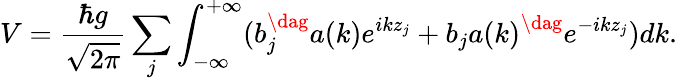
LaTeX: V=\frac{\hbar g}{\sqrt{2\pi}}\sum_{j}\int_{-\infty}^{+\infty}(b_{j}^{\dag}a{(k)}e^{ikz_{j}}+b_{j}a{(k)}^{\dag}e^{-ikz_{j}})dk.